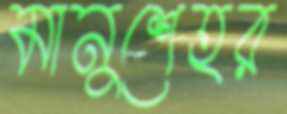
মানুশেহর